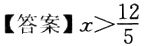
【答案】$x>\frac{12}{5}$